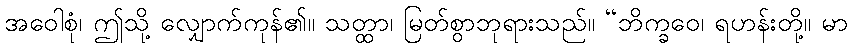
အဝေါစုံ၊ ဤသို့ လျှောက်ကုန်၏။ သတ္ထာ၊ မြတ်စွာဘုရားသည်။ “ဘိက္ခဝေ၊ ရဟန်းတို့။ မာ